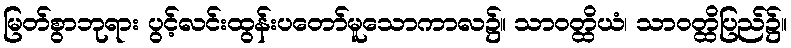
မြတ်စွာဘုရား ပွင့်လင်းထွန်းပတော်မူသောကာလ၌။ သာဝတ္ထိယံ၊ သာဝတ္ထိပြည်၌။